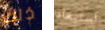
ذلك استبعاد